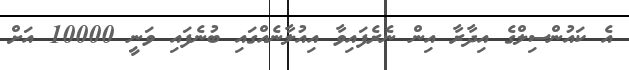
އެ ކައުންސިލްގެ އިދާރާ އިން ނެރެފައިވާ އިއުލާނެއްގައި ބުނެފައި ވަނީ 10000 އަށް